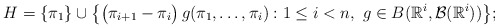
\begin{gather*}H=\{\pi_1\}\cup\bigl\{\bigl(\pi_{i+1}-\pi_i\bigr)\,g(\pi_1,\ldots,\pi_i):1\le i<n,\,\,g\in B(\mathbb{R}^i,\mathcal{B}(\mathbb{R}^i))\bigr\};\end{gather*}